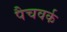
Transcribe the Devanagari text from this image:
पैचवर्क